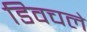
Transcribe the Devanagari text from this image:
डिवचले